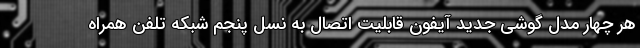
هر چهار مدل گوشی جدید آیفون قابلیت اتصال به نسل پنجم شبکه‌ تلفن همراه